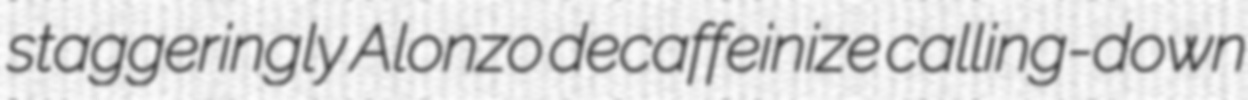
staggeringly Alonzo decaffeinize calling-down